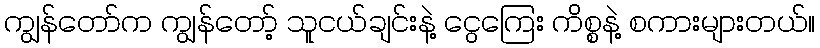
ကျွန်တော်က ကျွန်တော့် သူငယ်ချင်းနဲ့ ငွေကြေး ကိစ္စနဲ့ စကားများတယ်။